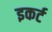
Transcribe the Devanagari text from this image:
इकर्ट